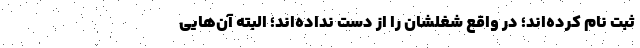
ثبت نام کرده‌اند؛ در واقع شغلشان را از دست نداده‌اند؛ البته آن‌هایی